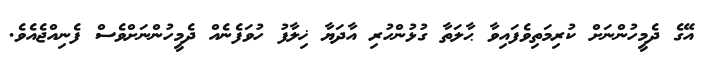
އޭގެ ދެމީހުންނަށް ކުރިމަތިވެފައިވާ ޙާލަތާ ގުޅުންހުރި އާދަޔާ ޚިލާފު ހުވަފެނެއް ދެމީހުންނަށްވެސް ފެނިއްޖެއެވެ.